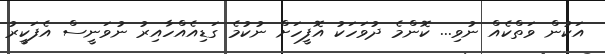
އަކުން ވަތްކެއް ނުވި... ކޮންމެ ދުވަހަކު އޮފީހަށް ނުކުމެ ގަޑިއެއްހާއިރު ނުވަނީސް އެފަކީރު